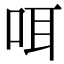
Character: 咡